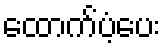
ထောက်ပံ့ပေး